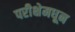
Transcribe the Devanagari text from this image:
परीक्षेमधून